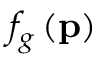
f _ { g } \left( \mathbf { p } \right)